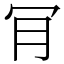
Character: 肎